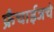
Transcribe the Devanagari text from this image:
फ्रँचाईजचे